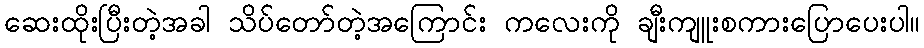
ဆေးထိုးပြီးတဲ့အခါ သိပ်တော်တဲ့အကြောင်း ကလေးကို ချီးကျူးစကားပြောပေးပါ။